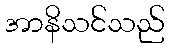
အာနိသင်သည်